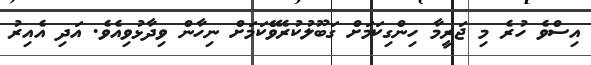
އިސްވެ ހުރެ މި ޖަރީމާ ހިންގިކަމަށް ގަބޫލުކުރެވޭކަމަށް ނިހާން ވިދާޅުވިއެވެ. އަދި އެއިރު